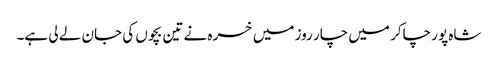
شاہ پور چاکر میں چار روز میں خسرہ نے تین بچوں کی جان لے لی ہے۔